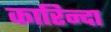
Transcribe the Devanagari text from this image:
कारिन्दा